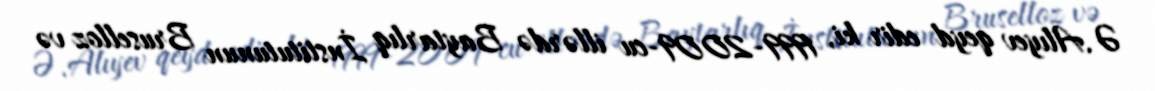
Ə.Alıyev qeyd edir ki, 1999-2009-cu illərdə Baytarlıq İnstitutunun Bruselloz və